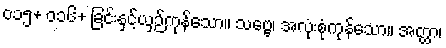
၀၁၅+ ၀၁၆+ ခြင်းနှင့်ယှဉ်ကုန်သော။ သဗ္ဗေ၊ အလုံးစုံကုန်သော။ အတ္ထာ၊